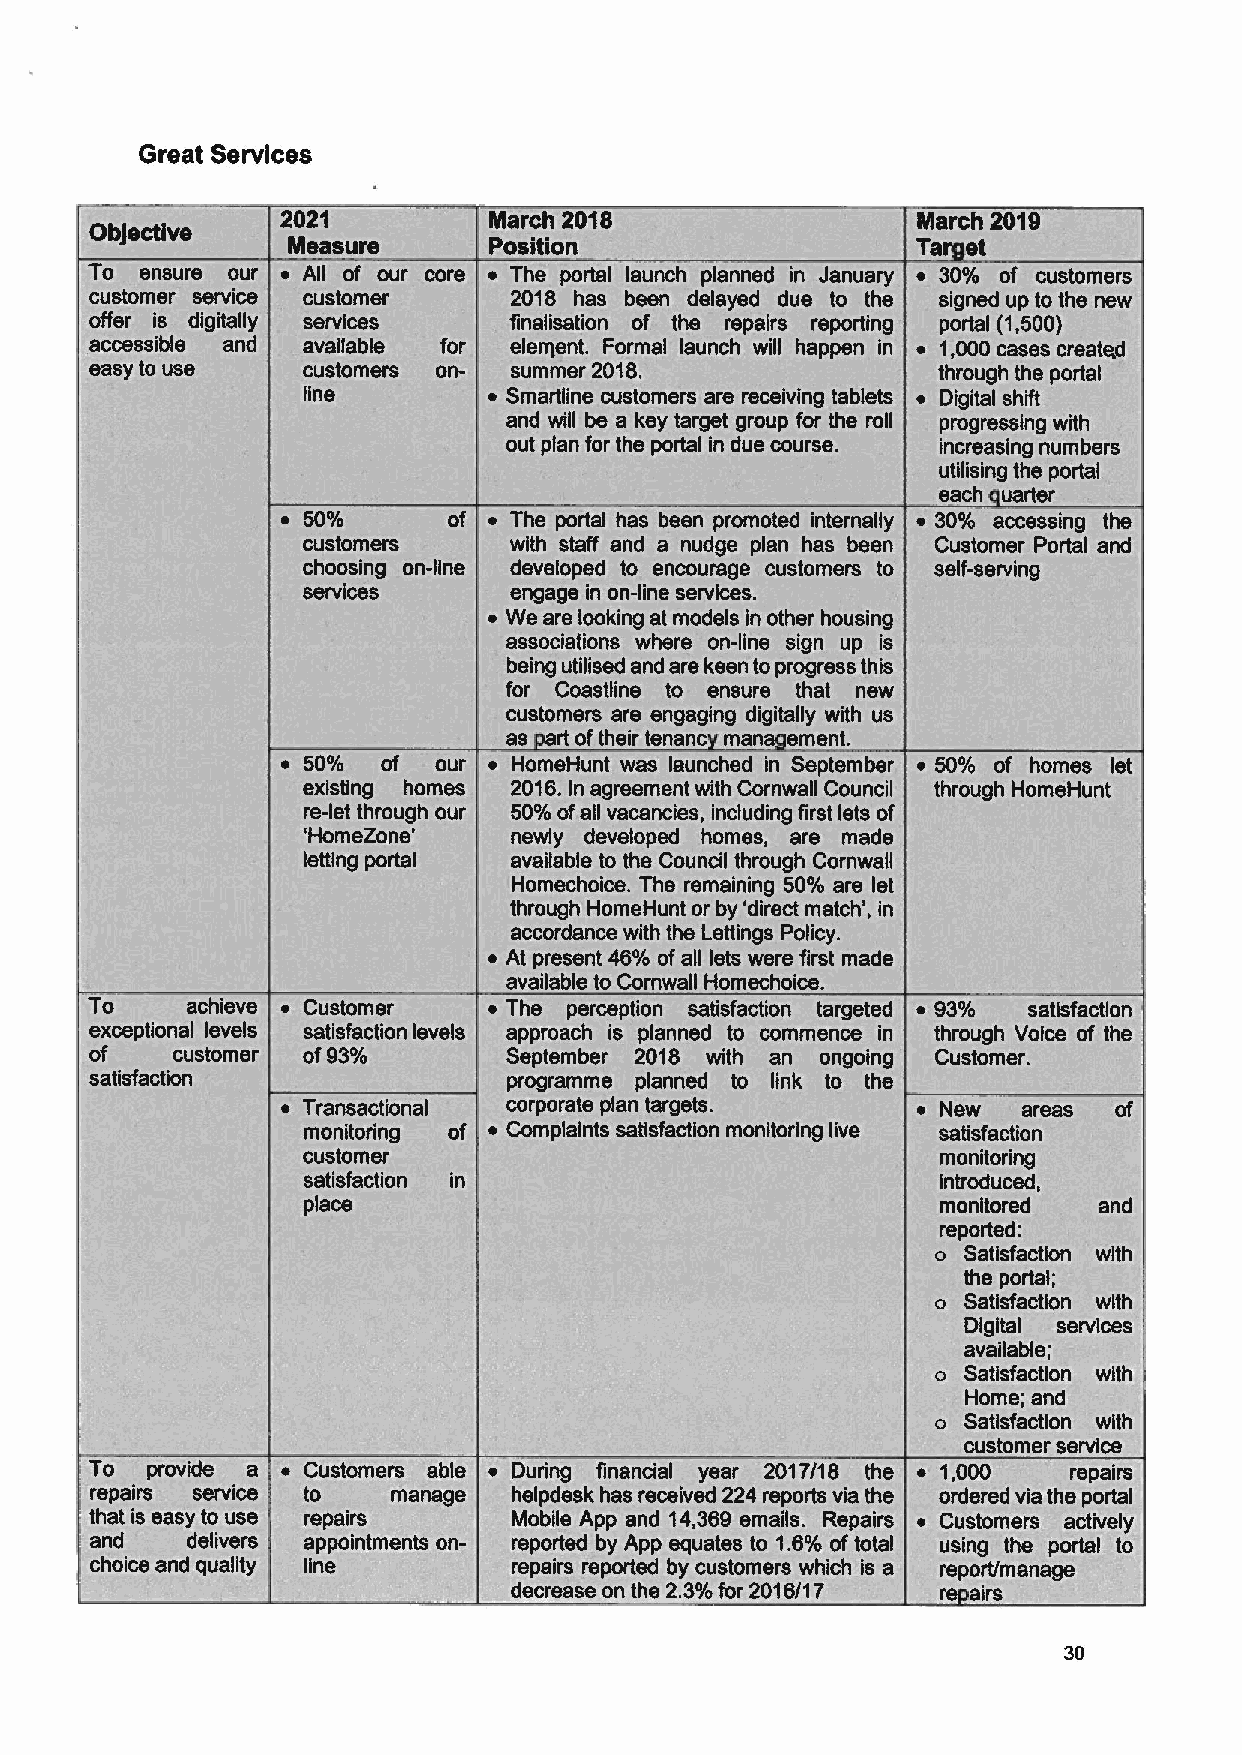
Great Services
 h
 re       0  I
 To  nsur   r  All f u   e         I I     n                  f  s m
 USto I' I         I'                e  el    u                     w
 ce er I is le I I nd ail e 0fo -r ein e I t ti . Fr al h nch wilr l in I , s50 ) cre t
 asy o e       U t              e 2018.                  h u  s  rt I
 e                                         ii
 i           ~    lin u t        iv n bl       I
 will  k   r t o    h       I'     with
 I for h  I'i u ou        in r    U
 ilisin  rtal
 0            e oal              Irl            sin th
 us  ers       It    n        la h          t   Porta and
 o-n
 I          ev I d            to         - e I
 s
 ng  i n-I  rv
 re oo in.  s.
 i
 S0
 I ion w r  n-in I    I
 0   li  d rek nt   I'  I
 oi'   Iin     n I'     ew
 CU           I  I I   th
 f  ir en
 U  W         n                 o  s let
 6 n  r   n with o             h. o  unt
 h u    %o  I     ies nc in
 wl  ev     h
 nih
 avail le           h
 Ho  hi   h r  iin
 0 g      n     I     ch
 r     h   e in  li
 t       0        I'
 I
 v   I     w        I
 T       hi        mr        h    r  i        0      d  ~ 93o  sai atin
 e e tio I       t  io 'I vel  r   '  In        mace 'n  t  g   i  f
 .        0  I'    0                   0             in   C st
 satisfa t                            la    o I      h
 T'   tio       r    I                    ~ N    I'e
 0 lt rin       plai  ti  io .  rin live  s isfa tion
 u ome                                     oni nng
 e,
 tls clio in                              nrodu
 acs                                      moni ere:  and
 e
 o  a faction wih
 h p
 o Sa isfaction with
 Di ital services
 av ilable
 o Sa isfactio with
 Home and
 o Sa sfactio with
 orner, service
 "To  providh    ustom ere a6le". ~ During flnanc ia year 2017/18 he ~ 1,000 repairs.
 repairs erv   to    man e~   el ek se  i ed 4-re v  he   r er vi, th ortal '
 ttha is eas    repairs       Mobile App a d. 4, g emails. Re airs ~ Custom sr actively
 and   d       appointments on-I reported y App quat s t '.6%oftotal u ing he p I to.
 choiceandqua y line         rap~a' reports +2by . customers~which is a report/m anage
 decrease on th '3% forri2 )16/17 re airs
 30